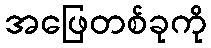
အဖြေတစ်ခုကို